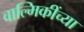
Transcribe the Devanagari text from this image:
वाल्मिकींच्या